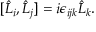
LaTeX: [ \hat { L } _ { i } , \hat { L } _ { j } ] = i \epsilon _ { i j k } \hat { L } _ { k } .